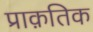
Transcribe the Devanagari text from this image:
प्राक़तिक